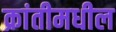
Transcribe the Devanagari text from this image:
क्रांतीमधील